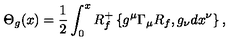
\Theta _ { g } ( x ) = \frac { 1 } { 2 } \int _ { 0 } ^ { x } R _ { f } ^ { + } \left\{ g ^ { \mu } \Gamma _ { \mu } R _ { f } , g _ { \nu } d x ^ { \nu } \right\} ,